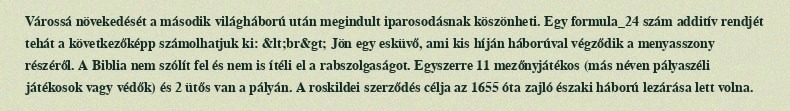
Várossá növekedését a második világháború után megindult iparosodásnak köszönheti. Egy formula_24 szám additív rendjét tehát a következőképp számolhatjuk ki: &lt;br&gt; Jön egy esküvő, ami kis híján háborúval végződik a menyasszony részéről. A Biblia nem szólít fel és nem is ítéli el a rabszolgaságot. Egyszerre 11 mezőnyjátékos (más néven pályaszéli játékosok vagy védők) és 2 ütős van a pályán. A roskildei szerződés célja az 1655 óta zajló északi háború lezárása lett volna.